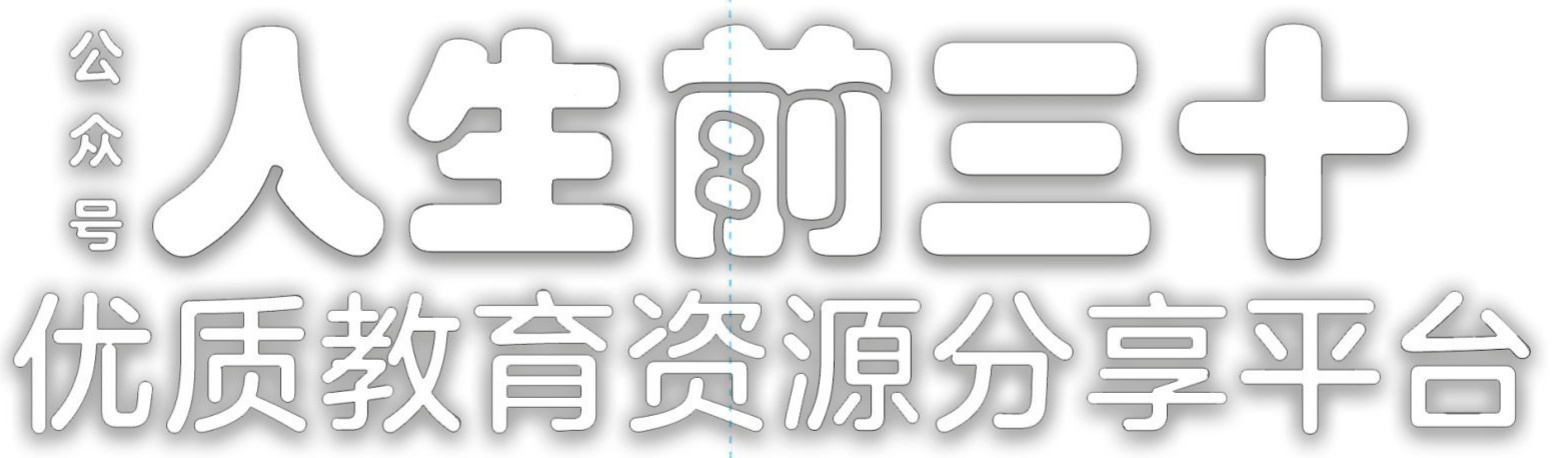
公众号 人生前三十 优质教育资源分享平台